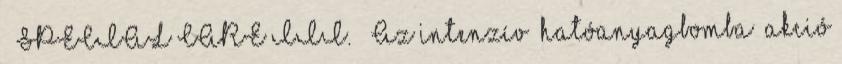
» SPECIAL CARE III. – Az intenzív “hatóanyagbomba” akció